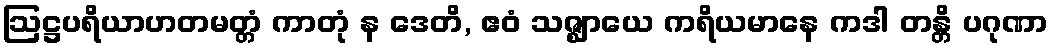
ဩဋ္ဌပရိယာဟတမတ္တံ ကာတုံ န ဒေတိ, ဧဝံ သဇ္ဈာယေ ကရိယမာနေ ကဒါ တန္တိ ပဂုဏာ